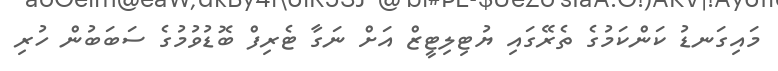
މައިގަނޑު ކަންކަމުގެ ތެރޭގައި ޔުޓިލިޓީޒް އަށް ނަގާ ޓެރިފް ބޮޑުވުމުގެ ސަބަބުން ހުރި